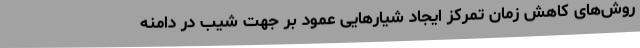
روش‌های کاهش زمان تمرکز ایجاد شیارهایی عمود بر جهت شیب در دامنه‌